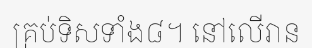
គ្រប់ទិសទាំង៨។ នៅលើរាន